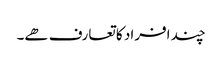
چند افراد کا تعارف ھے۔